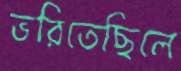
ভরিতেছিলে